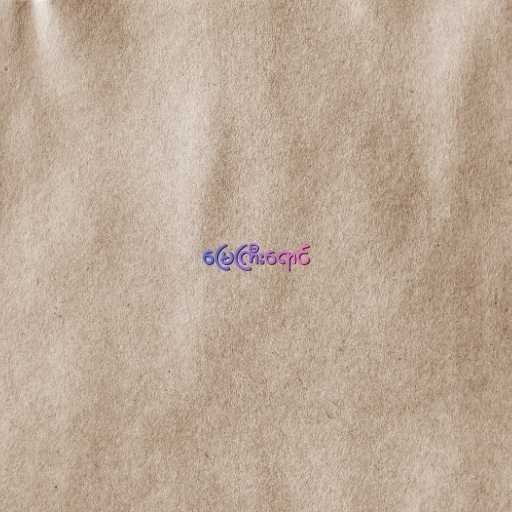
မြေကြီးရောင်